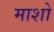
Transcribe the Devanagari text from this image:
माशो